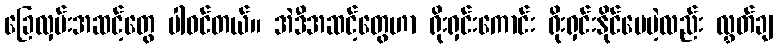
ခြေလှမ်းအဆင့်တွေ ပါဝင်တယ်။ အဲဒီအဆင့်တွေဟာ ရိုးရှင်းကောင်း ရိုးရှင်းနိုင်ပေမဲ့လည်း လွှတ်ချ